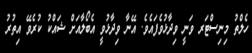
ހެލްތު މިނިސްޓަރ ވަނީ ވިދާޅުވެފައެވެ. އޭނާ ވިދާޅުވީ އެބޯލާއަށް ޝައްކު ކުރެވޭ އިތުރު